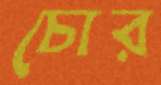
চোর